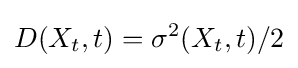
D(X_{t},t)=\sigma ^{2}(X_{t},t)/2